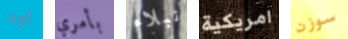
أوه بأمري نبلاء امريكية سوزن